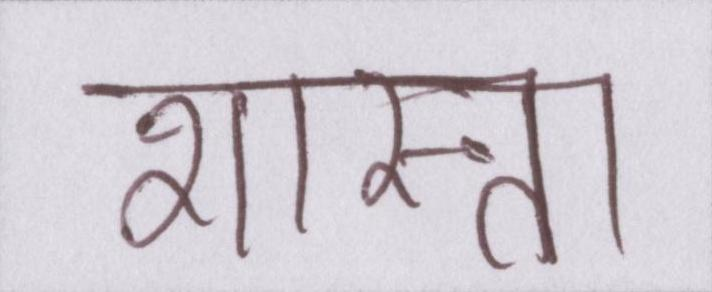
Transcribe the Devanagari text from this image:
शास्त्रा